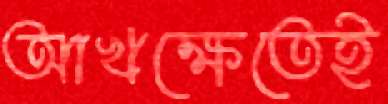
আখক্ষেতেই